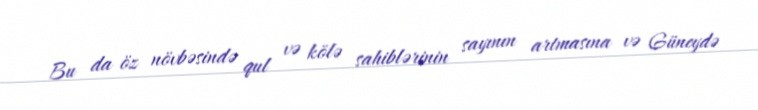
Bu da öz növbəsində qul və kölə sahiblərinin sayının artmasına və Güneydə